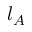
l _ { A }